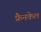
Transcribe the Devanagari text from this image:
फ्रैनकेल